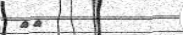
٢٠